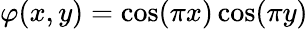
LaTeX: \varphi(x,y)=\cos(\pi x)\cos(\pi y)